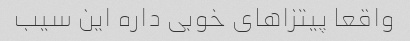
واقعا پیتزاهای خوبی داره این سیب